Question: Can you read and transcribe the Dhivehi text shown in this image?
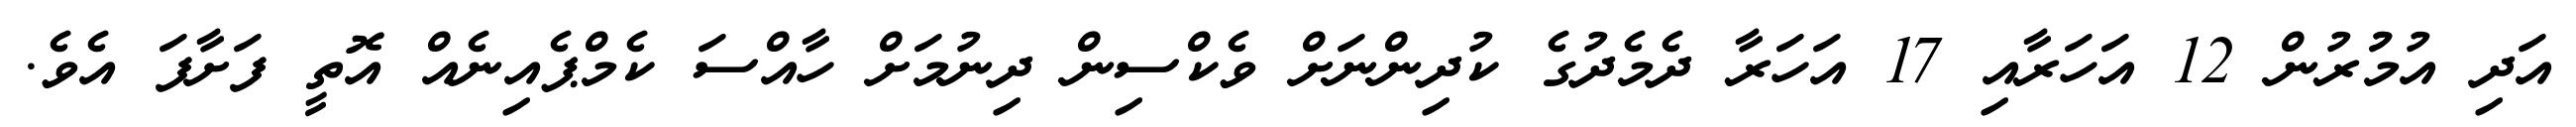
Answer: އަދި އުމުުރުން 12 އަހަރާއި 17 އަހަރާ ދެމެދުގެ ކުދިންނަށް ވެކްސިން ދިނުމަށް ހާއްސަ ކެމްޕެއިނެއް އޮތީ ފަށާފަ އެވެ.